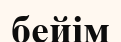
бейім